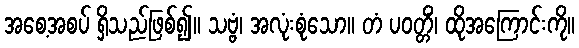
အစေ့အစပ် ရှိသည်ဖြစ်၍။ သဗ္ဗံ၊ အလုံးစုံသော။ တံ ပဝတ္တိံ၊ ထိုအကြောင်းကို။